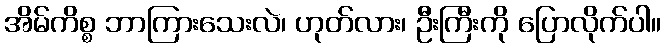
အိမ်ကိစ္စ ဘာကြားသေးလဲ၊ ဟုတ်လား၊ ဦးကြီးကို ပြောလိုက်ပါ။